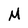
Character: M